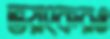
ভয়ংকরও